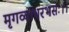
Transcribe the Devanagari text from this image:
मृगव्याधरभसः।।